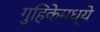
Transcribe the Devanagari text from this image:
गुहिकेमध्ये